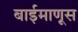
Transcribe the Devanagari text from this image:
बाईमाणूस